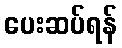
ပေးဆပ်ရန်